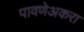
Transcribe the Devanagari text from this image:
पावणेअकरा